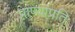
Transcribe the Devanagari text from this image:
प्राण्यांप्रति